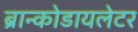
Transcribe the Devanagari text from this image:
ब्रान्कोडायलेटर